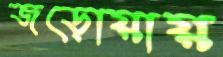
জড়োয়ায়